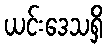
ယင်းဒေသရှိ